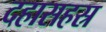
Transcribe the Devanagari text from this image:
दहासहस्र